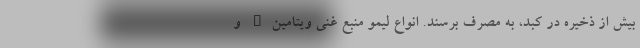
بیش از ذخیره در کبد، به مصرف برسند. انواع لیمو منبع غنی ویتامینC و